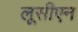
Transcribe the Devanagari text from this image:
लूसीएन